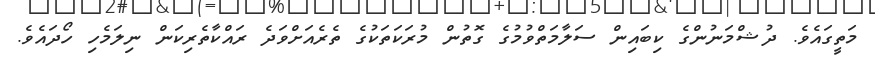
މަތީގައެވެ. ދުޝްމަނުންގެ ކިބައިން ސަލާމަތްވުމުގެ ގޮތުން މުރަކަތަކުގެ ތެރެއަށްވަދެ ރައްކާތެރިކަން ނިލަމެހި ހޯދައެވެ.